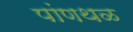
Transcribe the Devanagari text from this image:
पांणथळ